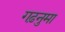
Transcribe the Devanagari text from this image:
गढ़नुमा